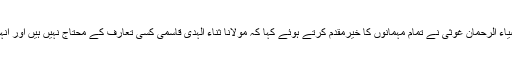
قبل ازیں تنظیم’ تہذیب‘ کے سربربرہ اورسابق سرکاری افسر سید ضیاء الرحمان غوثی نے تمام مہمانوں کا خیرمقدم کرتے ہوئے کہا کہ مولانا ثناء الہدی قاسمی کسی تعارف کے محتاج نہیں ہیں اور انہوں نے مذہبی’ سیاسی’ تعلیمی اور ادبی میدان میں نمایاں کام کیا ہے۔